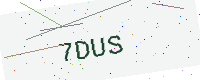
Text: 7DUS